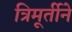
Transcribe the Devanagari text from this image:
त्रिमूर्तीने